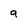
Character: 9